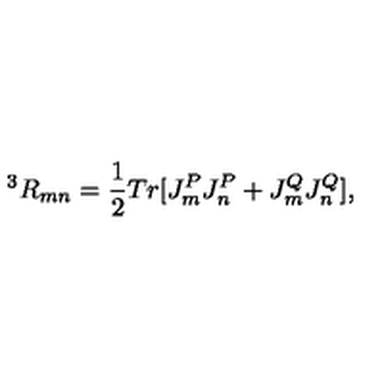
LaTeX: ^ 3 R _ { m n } = \frac { 1 } { 2 } T r [ J _ { m } ^ { P } J _ { n } ^ { P } + J _ { m } ^ { Q } J _ { n } ^ { Q } ] ,